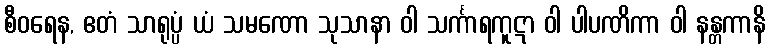
စီဝရေန, ဧတံ သာရုပ္ပံ ယံ သမဏော သုသာနာ ဝါ သင်္ကာရကူဋာ ဝါ ပါပဏိကာ ဝါ နန္တကာနိ